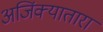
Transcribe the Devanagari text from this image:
अजिंक्यातारा